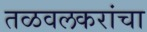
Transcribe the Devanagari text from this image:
तळवलकरांचा